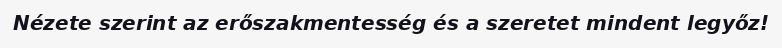
Nézete szerint az erőszakmentesség és a szeretet mindent legyőz!